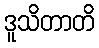
ဒူသိတာတိ